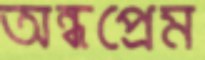
অন্ধপ্রেম